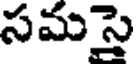
సమసై